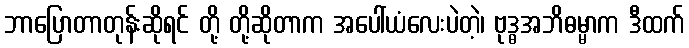
ဘာပြောတာတုန်းဆိုရင် တို့ တို့ဆိုတာက အပေါ်ယံလေးပဲတဲ့၊ ဗုဒ္ဓအဘိဓမ္မာက ဒီထက်